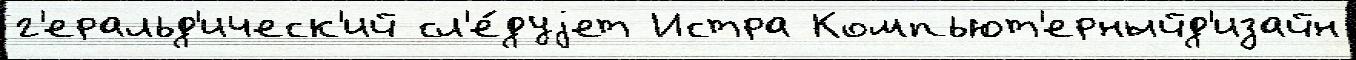
г'еральд'ическ'ий сл'е́дуjет Истра Компьют'ерныйд'изайн